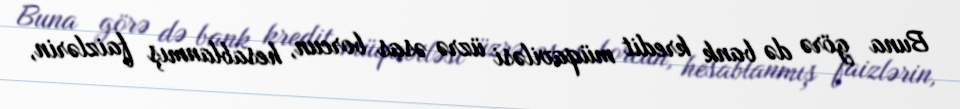
Buna görə də bank kredit müqaviləsi üzrə əsas borcun, hesablanmış faizlərin,